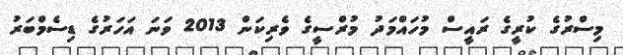
މިސްރުގެ ކުރީގެ ރައީސް މުހައްމަދު މުރްސީގެ ވެރިކަން 2013 ވަނަ އަހަރުގެ ޑިސެމްބަރު